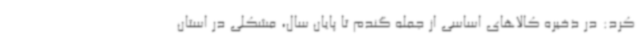
کرد: در ذخیره کالاهای اساسی از جمله گندم تا پایان سال، مشکلی در استان